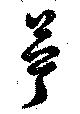
苧